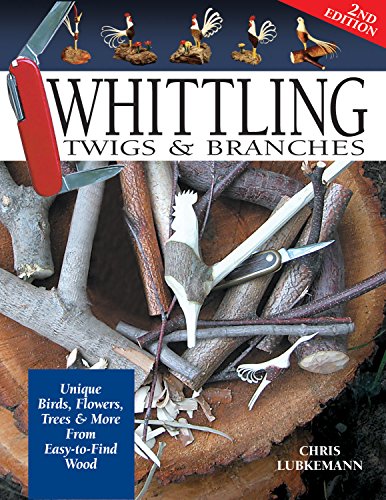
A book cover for Whittling Twigs & Branches, 2nd Edition: Unique Birds, Flowers, Trees & More from Easy-to-Find Wood; Chris Lubkemann; Crafts, Hobbies & Home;